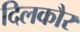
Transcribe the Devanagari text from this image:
दिलकौर